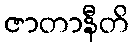
ဇာတာနီတိ